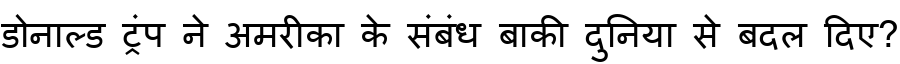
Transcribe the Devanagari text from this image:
डोनाल्ड ट्रंप ने अमरीका के संबंध बाकी दुनिया से बदल दिए?